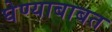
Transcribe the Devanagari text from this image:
घेण्याबाबत